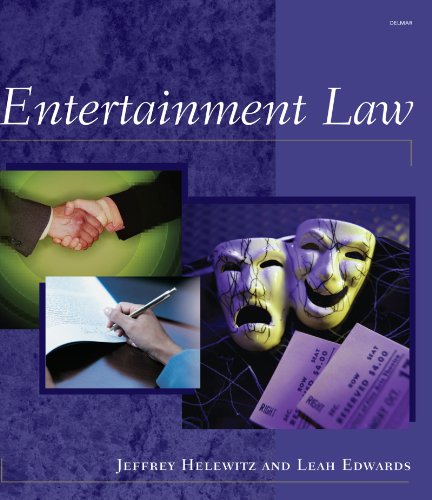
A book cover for Entertainment Law; Leah K. Edwards; Law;